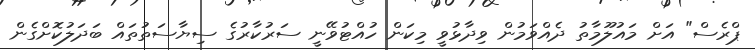
ޕްރެސް" އަށް މައުލޫމާތު ދެއްވަމުން ވިދާޅުވީ މިކަން ހުއްޓުވޭނީ ސަރުކާރުގެ ސިޔާސަތުތައް ބަދަލުކޮށްގެން